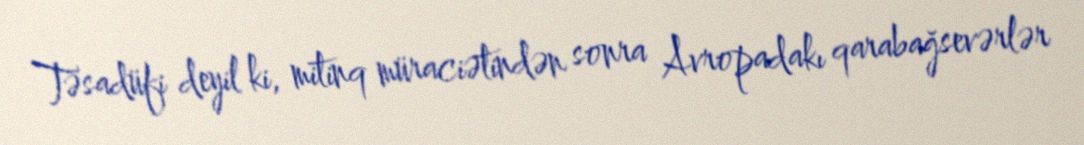
Təsadüfi deyil ki, mitinq müraciətindən sonra Avropadakı qarabağsevərlər